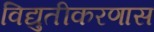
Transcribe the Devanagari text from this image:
विद्युतीकरणास